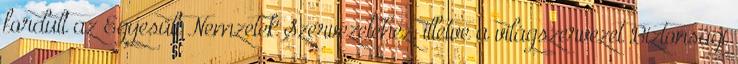
fordult az Egyesült Nemzetek Szervezetéhez, illetve a világszervezet Biztonsági